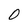
Character: O